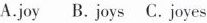
A.joy B. joys C. joyes